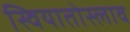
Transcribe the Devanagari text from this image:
स्वियातोस्लाव